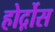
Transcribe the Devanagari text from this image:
होर्द़ोस